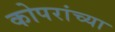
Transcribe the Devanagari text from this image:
कोपरांच्या